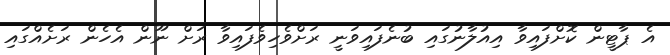
އެ ޕާޓީން ކޮށްފައިވާ އިއުލާނުގައި ބުނެފައިވަނީ ރަށްވެހިވެފައިވާ ރަށް ނޫން އެހެން ރަށެއްގައި